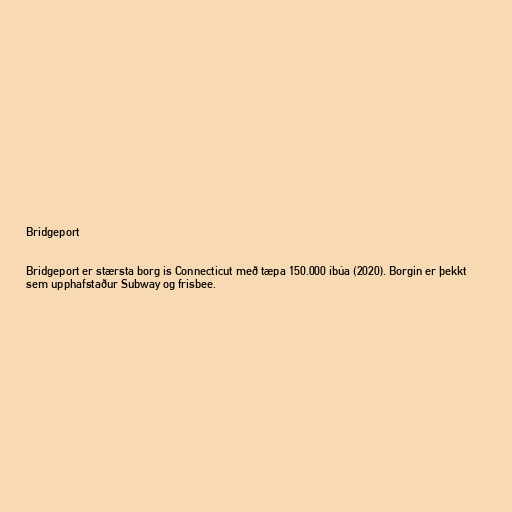
Bridgeport

Bridgeport er stærsta borg is Connecticut með tæpa 150.000 íbúa (2020). Borgin er þekkt
sem upphafstaður Subway og frisbee.